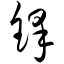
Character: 铎